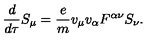
\frac { d } { d \tau } S _ { \mu } = \frac { e } { m } v _ { \mu } v _ { \alpha } F ^ { \alpha \nu } S _ { \nu } .